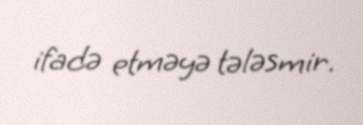
ifadə etməyə tələsmir.